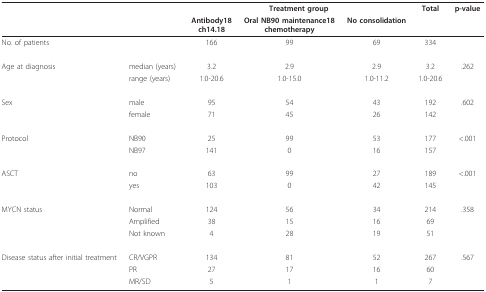
<table><thead><tr><td></td><td></td><td colspan="3"><b>Treatment group</b></td><td><b>Total</b></td><td><b>p-value</b></td></tr><tr><td></td><td></td><td><b>Antibody18ch14.18</b></td><td><b>Oral NB90 maintenance18chemotherapy</b></td><td><b>No consolidation</b></td><td></td><td></td></tr></thead><tbody><tr><td>No. of patients</td><td></td><td>166</td><td>99</td><td>69</td><td>334</td><td></td></tr><tr><td>Age at diagnosis</td><td>median (years)</td><td>3.2</td><td>2.9</td><td>2.9</td><td>3.2</td><td>.262</td></tr><tr><td></td><td>range (years)</td><td>1.0-20.6</td><td>1.0-15.0</td><td>1.0-11.2</td><td>1.0-20.6</td><td></td></tr><tr><td>Sex</td><td>male</td><td>95</td><td>54</td><td>43</td><td>192</td><td>.602</td></tr><tr><td></td><td>female</td><td>71</td><td>45</td><td>26</td><td>142</td><td></td></tr><tr><td>Protocol</td><td>NB90</td><td>25</td><td>99</td><td>53</td><td>177</td><td>&lt;.001</td></tr><tr><td></td><td>NB97</td><td>141</td><td>0</td><td>16</td><td>157</td><td></td></tr><tr><td>ASCT</td><td>no</td><td>63</td><td>99</td><td>27</td><td>189</td><td>&lt;.001</td></tr><tr><td></td><td>yes</td><td>103</td><td>0</td><td>42</td><td>145</td><td></td></tr><tr><td>MYCN status</td><td>Normal</td><td>124</td><td>56</td><td>34</td><td>214</td><td>.358</td></tr><tr><td></td><td>Amplified</td><td>38</td><td>15</td><td>16</td><td>69</td><td></td></tr><tr><td></td><td>Not known</td><td>4</td><td>28</td><td>19</td><td>51</td><td></td></tr><tr><td>Disease status after initial treatment</td><td>CR/VGPR</td><td>134</td><td>81</td><td>52</td><td>267</td><td>.567</td></tr><tr><td></td><td>PR</td><td>27</td><td>17</td><td>16</td><td>60</td><td></td></tr><tr><td></td><td>MR/SD</td><td>5</td><td>1</td><td>1</td><td>7</td><td></td></tr></tbody></table>